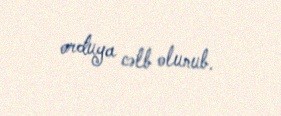
orduya cəlb olunub.